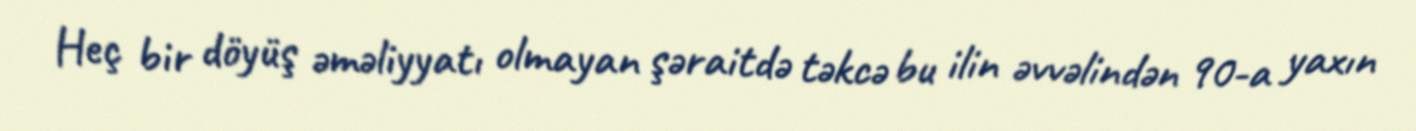
Heç bir döyüş əməliyyatı olmayan şəraitdə təkcə bu ilin əvvəlindən 90-a yaxın